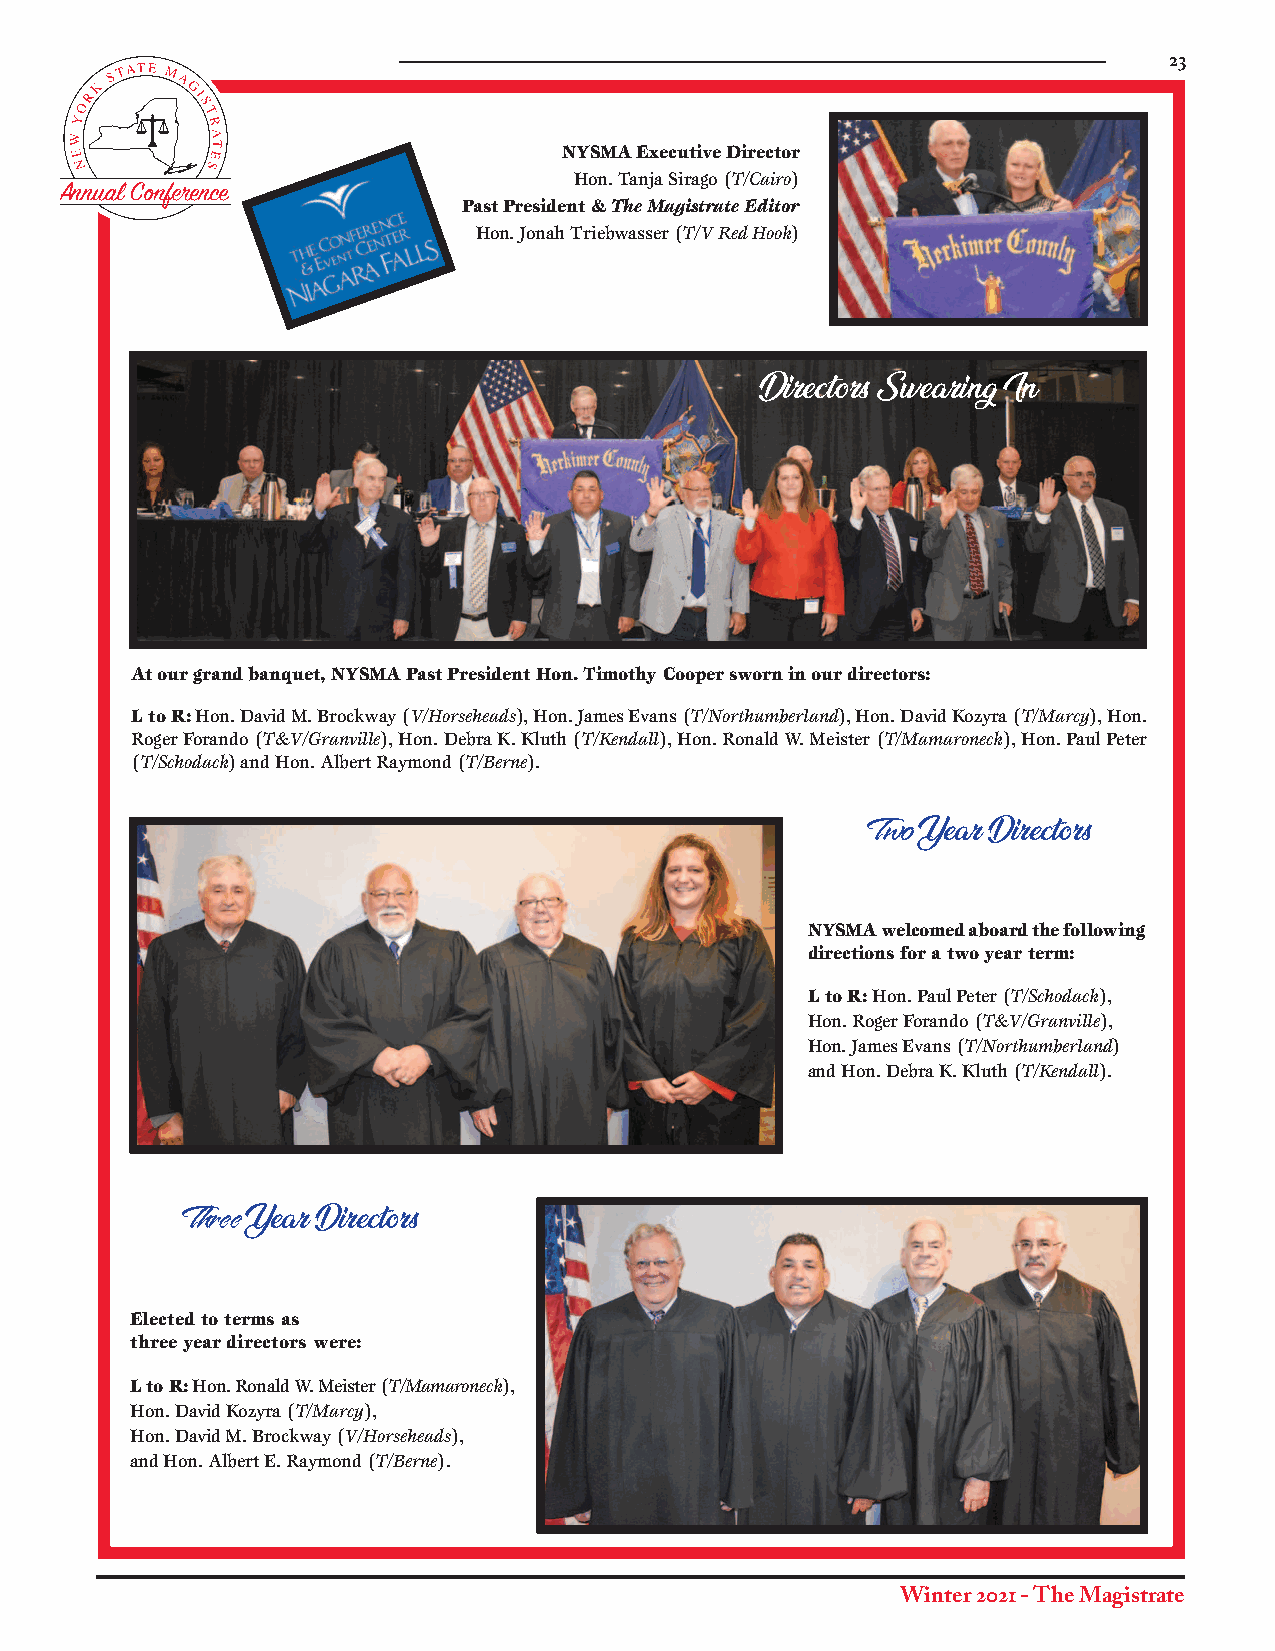
23
 NYSMA Executive Director
 Annual Conference                 Hon. Tanja Sirago (T/Cairo)
 Past President & The Magistrate Editor
 Hon. Jonah Triebwasser (T/V Red Hook)
 Directors Swearing In
 At our grand banquet, NYSMA Past President Hon. Timothy Cooper sworn in our directors:
 L to R: Hon. David M. Brockway (V/Horseheads), Hon. James Evans (T/Northumberland), Hon. David Kozyra (T/Marcy), Hon.
 Roger Forando (T&V/Granville), Hon. Debra K. Kluth (T/Kendall), Hon. Ronald W. Meister (T/Mamaroneck), Hon. Paul Peter
 (T/Schodack) and Hon. Albert Raymond (T/Berne).
 Two
 Year Directors
 NYSMA welcomed aboard the following
 directions for a two year term:
 L to R: Hon. Paul Peter (T/Schodack),
 Hon. Roger Forando (T&V/Granville),
 Hon. James Evans (T/Northumberland)
 and Hon. Debra K. Kluth (T/Kendall).
 Three
 Year Directors
 Elected to terms as
 three year directors were:
 L to R: Hon. Ronald W. Meister (T/Mamaroneck),
 Hon. David Kozyra (T/Marcy),
 Hon. David M. Brockway (V/Horseheads),
 and Hon. Albert E. Raymond (T/Berne).
 Winter 2021 - The Magistrate